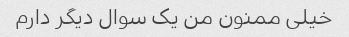
خیلی ممنون من یک سوال دیگر دارم